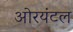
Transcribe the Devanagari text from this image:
ओरयंटल